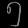
Digit: ၅